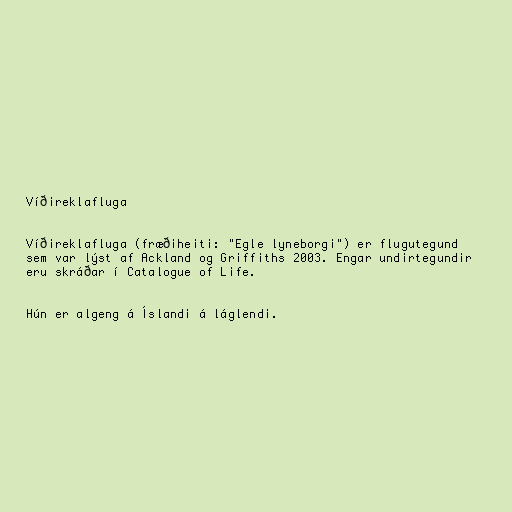
Víðireklafluga

Víðireklafluga (fræðiheiti: "Egle lyneborgi") er flugutegund
sem var lýst af Ackland og Griffiths 2003. Engar undirtegundir
eru skráðar í Catalogue of Life.

Hún er algeng á Íslandi á láglendi.